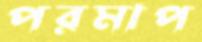
পরমাপ